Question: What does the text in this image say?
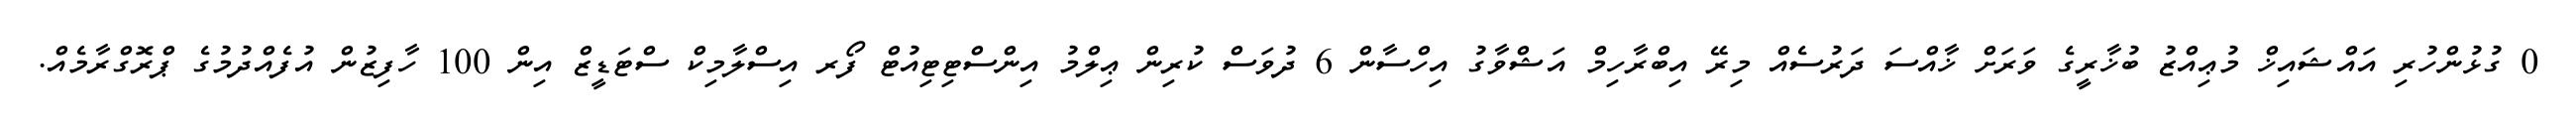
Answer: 0 ގުޅުންހުރި އައްޝައިޚް މުޢިއްޒު ބުޚާރީގެ ވަރަށް ޚާއްސަ ދަރުސެއް މިރޭ އިބްރާހިމް އަޝްވާގު އިހްސާން 6 ދުވަސް ކުރިން ޢިލްމު އިންސްޓިޓިއުޓް ފޯރ އިސްލާމިކް ސްޓަޑީޒް އިން 100 ހާފިޒުން އުފެއްދުމުގެ ޕްރޮގްރާމެއް.